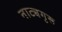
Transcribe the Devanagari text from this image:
नाट्यगुरू